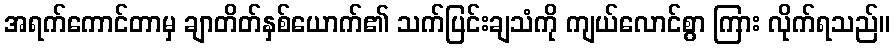
အရက်ကောင်တာမှ ချာတိတ်နှစ်ယောက်၏ သက်ပြင်းချသံကို ကျယ်လောင်စွာ ကြား လိုက်ရသည်။